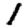
Digit: 1